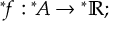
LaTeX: { ^ { * } \! f } : { ^ { * } \! A } \rightarrow { ^ { * } \mathbb { R } } ;